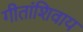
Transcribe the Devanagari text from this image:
गीतांशिवाय